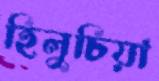
হিলুচিয়া